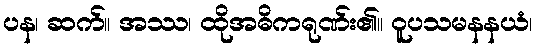
ပန၊ ဆက်။ အဿ၊ ထိုအဓိကရုဏ်း၏။ ဝူပသမနနယံ၊